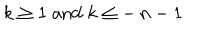
\: k \geq 1 \; \mathrm { a n d } \; k \leq - \, n - 1 \: